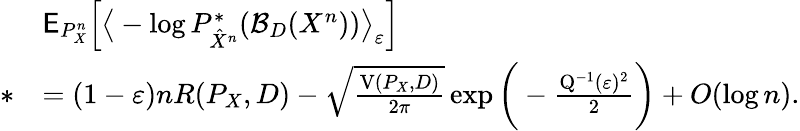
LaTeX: \begin{array}{rl}&{\mathsf{E}_{P_{X}^{n}}\Big[\big\langle-\log P_{\hat{X}^{n}}^{*}(\mathcal{B}_{D}(X^{n}))\big\rangle_{\varepsilon}\Big]}\\ {*}&{=(1-\varepsilon)nR(P_{X},D)-\sqrt{\frac{\mathrm{V}(P_{X},D)}{2\pi}}\exp\bigg(-\frac{\mathrm{Q}^{-1}(\varepsilon)^{2}}{2}\bigg)+O(\log n).}\end{array}